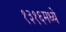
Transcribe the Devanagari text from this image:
१३१६मध्ये